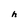
Character: h